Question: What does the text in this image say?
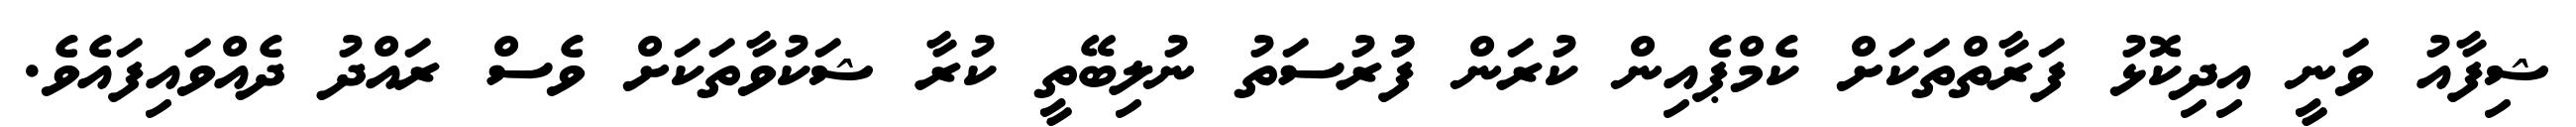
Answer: ޝިފާއު ވަނީ އިދިކޮޅު ފަރާތްތަކަށް ކެމްޕެއިން ކުރަން ފުުރުސަތު ނުލިބޭތީ ކުރާ ޝަކުވާތަކަށް ވެސް ރައްދު ދެއްވައިފައެވެ.